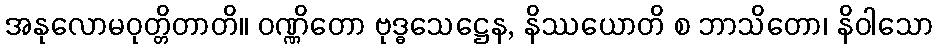
အနုလောမဝုတ္တိတာတိ။ ဝဏ္ဏိတော ဗုဒ္ဓသေဋ္ဌေန, နိဿယောတိ စ ဘာသိတော၊ နိဝါသော